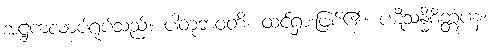
အဋ္ဌကလာပ်ရုပ်သည်။ ပါတုဘဝတိ၊ ထင်ရှားဖြစ်၏။ ပဋိသန္ဓိစိတ္တံပန၊